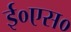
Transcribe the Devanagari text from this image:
ई०एस०